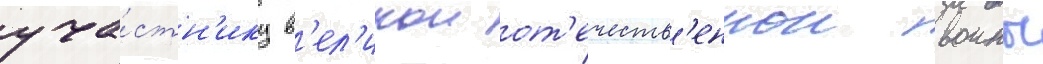
уча́стн'ику в'ел'икои от'ечеств'еннои воины